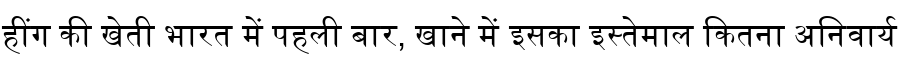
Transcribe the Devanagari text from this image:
हींग की खेती भारत में पहली बार, खाने में इसका इस्तेमाल कितना अनिवार्य